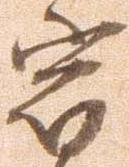
宿